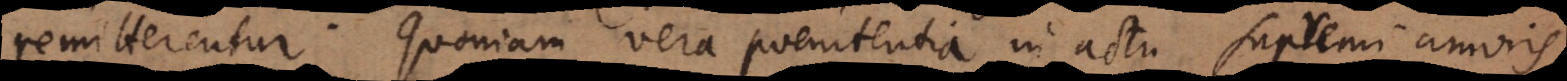
remitterentur. Quoniam vera poenitentia in actu supremi amoris